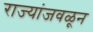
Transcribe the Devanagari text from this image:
राज्यांजवळून